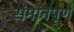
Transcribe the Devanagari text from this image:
संमानपूर्ण